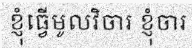
ខ្ញុំធ្វើមូលវិចារ ខ្ញុំចារ